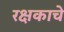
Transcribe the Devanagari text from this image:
रक्षकाचे